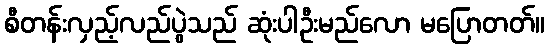
စီတန်းလှည့်လည်ပွဲသည် ဆုံးပါဦးမည်လော မပြောတတ်။